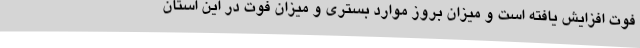
فوت افزایش یافته است و میزان بروز موارد بستری و میزان فوت در این استان